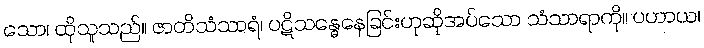
သော၊ ထိုသူသည်။ ဇာတိသံသာရံ၊ ပဋိသန္ဓေနေခြင်းဟုဆိုအပ်သော သံသာရာကို။ ပဟာယ၊